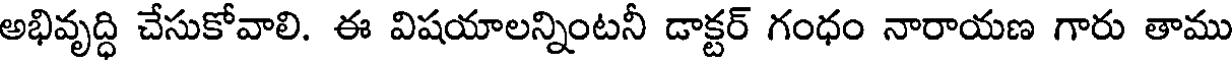
అభివృద్ధి చేసుకోవాలి. ఈ విషయాలన్నింటనీ డాక్టర్ గంధం నారాయణ గారు తాము